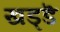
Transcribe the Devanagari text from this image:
खड्डॆ